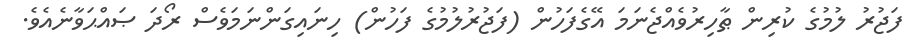
ފަޖުރު ލުމުގެ ކުރިން ޠާހިރުވެއްޖެނަމަ އޭގެފަހުން (ފަޖުރުލުމުގެ ފަހުން) ހިނައިގަންނަމަވެސް ރޯދަ ޞައްޙަވާނެއެވެ.